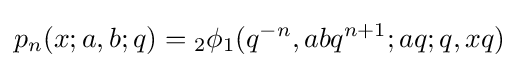
\displaystyle p_{n}(x;a,b;q)={}_{2}\phi _{1}(q^{-n},abq^{n+1};aq;q,xq)